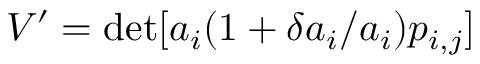
V ^ { \prime } = \operatorname* { d e t } [ a _ { i } ( 1 + { \delta a _ { i } } / a _ { i } ) p _ { i , j } ]